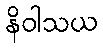
နိဝါသယ